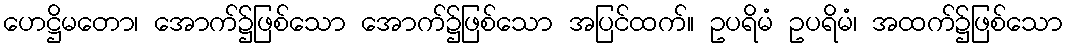
ဟေဋ္ဌိမတော၊ အောက်၌ဖြစ်သော အောက်၌ဖြစ်သော အပြင်ထက်။ ဥပရိမံ ဥပရိမံ၊ အထက်၌ဖြစ်သော